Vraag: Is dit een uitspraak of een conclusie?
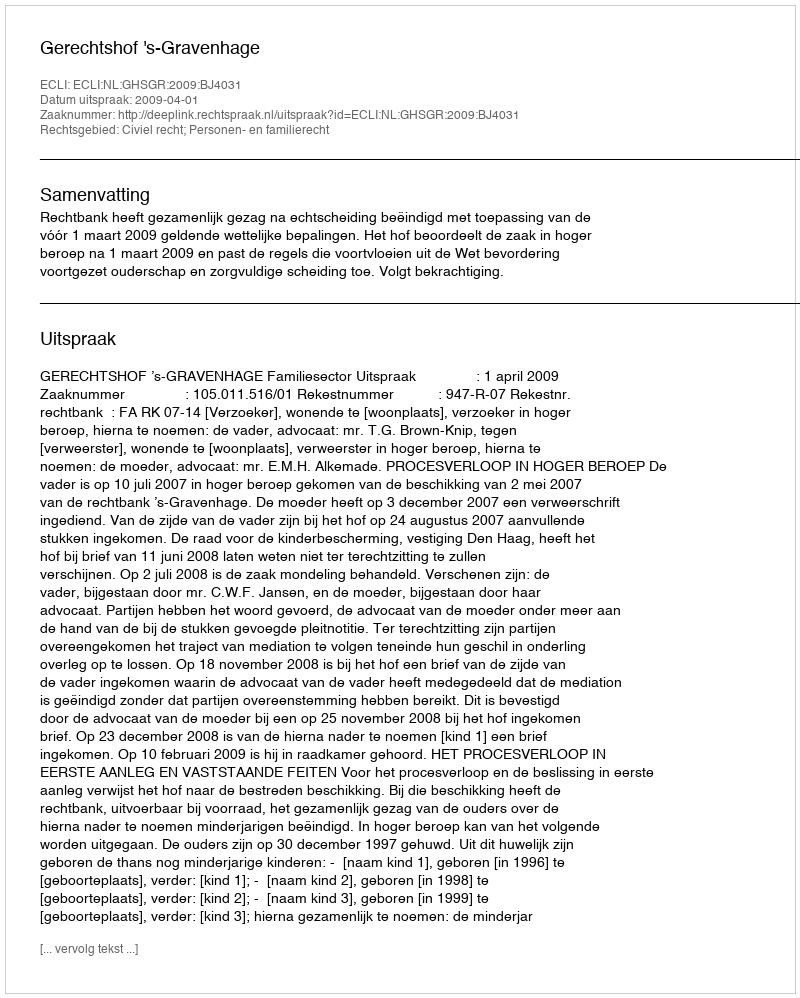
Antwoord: Uitspraak